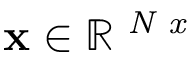
\mathbf { x } \in \mathbb { R } ^ { \textit { N x } }